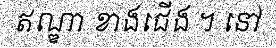
ឥណ្ឌា ខាងជើង ។ នៅ